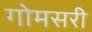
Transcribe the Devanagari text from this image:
गोमसरी